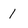
Character: 1